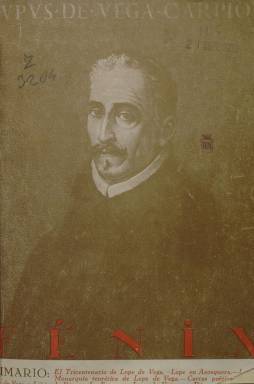
Título: Fénix (Madrid. 1935)
Colección: Literatura
Ámbito geográfico: Madrid
Lugar de publicación: Madrid
Fechas: 27/02/1935-27/12/1935

Se autodenomina “revista del tricentenario de Lope de Vega, 1635-1935”, y codirigida por el profesor del Instituto-Escuela Miguel Herrero-García (1895-1961) y el recién nombrado catedrático de Lengua y Literatura de la Universidad de Murcia, el filólogo Joaquín de Entrambasaguas (1904-1995), se convertirá en una “de las escasas iniciativas oficiales que pueden considerarse exitosas” de esta conmemoración (García Ruiz: 2016), pues estuvo financiada, además de por las suscripciones, por una subvención de la Junta Nacional del Tricentenario. Aparecen un total de seis entregas bimestrales, desde febrero a diciembre de 1935, que, con paginación continuada, suman 773 páginas, y excepto la primera, llevan una misma cubierta, con el retrato del denominado “Fénix de los ingenios” de las letras españolas. Cada uno de sus números está dividido en dos partes. El primero empieza con un breve editorial y está integrado por artículos o ensayos eruditos –que alcanzarán la veintena–, y la segunda por información detallada sobre los actos, actividades y ediciones que se desarrollaron o aparecieron para la conmemoración, llegando a ser considerada como la “más completa” de la que se dispone para conocerlos.

En esta segunda parte informativa, se publica una Crónica del tricentenario, firmada con el seudónimo Burguillos (en referencia a las Rimas de Tomé de Burguillos, la última obra de Lope), se da cuenta de las Publicaciones lopistas que aparecen, de lo que publica la prensa sobre la aparición de la propia revista o de lo que publica la extranjera sobre la conmemoración, o las actividades que se desarrollan sobre la misma en Madrid o provincias. De tal forma que se escribe sobre el carácter oficial del tricentenario, el programa de la Sociedad de Autores sobre el mismo, la edición de sellos de Lope, la de La Dragontea, por el Museo Naval, los ciclos de conferencias programados por la Junta Central de Acción Católica o Acción Española, o las representaciones de sus comedias, como la de Peribáñez y el Comendador de Ocaña, siendo el gran acto oficial del tricentenario el montaje de La dama boba, en versión de García Lorca, en la Chopera del Retiro, por la compañía Xirgu-Borrás (27 de agosto), que pasó después al Teatro Español.

Según se señala en su primer editorial, el tricentenario de la muerte de Lope llamaba “a España a una conmemoración nacional”, en la que los cultivadores de las letras debían sentir “un apremio patriótico”. El plan de la revista para sus artífices era “historiar todo el desarrollo del centenario de Lope y reseñar cuantos actos se realicen en su honor”, pero también “presentar aspectos monográficos de la vida y la obra del Fénix, ilustrar las costumbres e instituciones de su época, reproducir textos inéditos o raros de su inmensa producción, así como retratos y autógrafos del poeta y portadas de sus libros”, en donde colaborarían “eminentes investigadores de España y del extranjero”. El siguiente editorial definirá a Lope como “viva encarnación de la patria”, y en el del número tres reproduce el artículo que el diario madrileño Ya había escrito sobre la propia revista, de la que señala –erróneamente– que había quedado “fuera de todo apoyo oficial”, y que se debía “al solo esfuerzo de dos lopistas entusiastas”, a los que califica de “eruditos de alta vocación”. Y respecto a lo que había publicado hasta el momento, lo define como un empeño de “investigación y popularización” de la obra de Lope, una “rebusca en ella de lo que significaba enraizamiento con la cultura tradicional y nacional”.

Aunque Fénix llevaba el subtítulo de “revista del tricentenario”, éste acontecimiento no fue ajeno a las demás revistas o a la misma prensa diaria de la época. Tanto Acción española como la falangista Haz “llevaron a cabo una auténtica manipulación de la figura de Lope durante el tricentenario”, y la primera pretendió ver “sus reaccionarios ideales de una España esencial e indiscutiblemente monárquica, católica, imperial y antidemocrática” (García Ruiz: 2010 y 2016 y Rodríguez-Solás: 2014). Para el citado García Ruiz (2016), Fénix supuso “un esfuerzo notable y un resultado digno, de marcado carácter literario, llevado a cabo desde una orientación tradicionalista, patriótica y conservadora, pero inofensiva desde el punto de vista político”. Fue destinada a la “glorificación académica” del escritor homenajeado, a cargo de jóvenes eruditos, celosos rebuscadores”, que publican sus ensayos histórico literarios, filológicos o documentales sobre Lope. Rafael Osuna (1986) que la califica también de “erudita”, señala que estuvo “elaborada –con algunas excepciones de rigor– por la más mediocre erudición lopesca del momento” , pretendiendo “dar una visión conservadora del monstruo de nuestro teatro”, lo que “ayuda a comprender la toma de partido que mostraba ya la erudición española”. Además de García-Herrero y Entrambasaguas, Dámaso Alonso (que firma el artículo titulado Lope en Antequera), José María Cossío, Narciso Alonso Cortés o María Goyri de Menéndez-Pidal publican trabajos de índole filológica en sus páginas, “sin contaminación política alguna”. Algunos de los artículos de los trabajos de los dos primeros serán La fauna en Lope de Vega, Poesías de Lope de Vega en un Romancero de 1605, La España que recorrió Lope de Vega (firmado por Entrambasaguas y Jaime García Cruz), Elegía de Lope de Vega en la muerte de Jerónimo Villaizán o La monarquía teorética de Lope de Vega (firmado este por Herrero-García). Algunos de tales estudios se publican en serie.

Cuando en la entrega seis se despidan, Herrero-García y Entrambasaguas agradecen la “valiosa colaboración” que generosamente les habrían brindado “casi todos lo calificados lopistas de España”, recordando también la “valiosa” subvención que habían recibido por parte de la Junta del Tricentenario, y advirtiendo que les quedaba “material” para haber triplicado el volumen de la revista. Fue editada por la Librería de Enrique Nieto, y hay que señalar, que salvo algún dibujo, sus páginas carecieron de ilustración alguna.